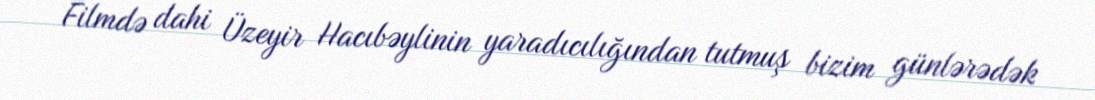
Filmdə dahi Üzeyir Hacıbəylinin yaradıcılığından tutmuş bizim günlərədək